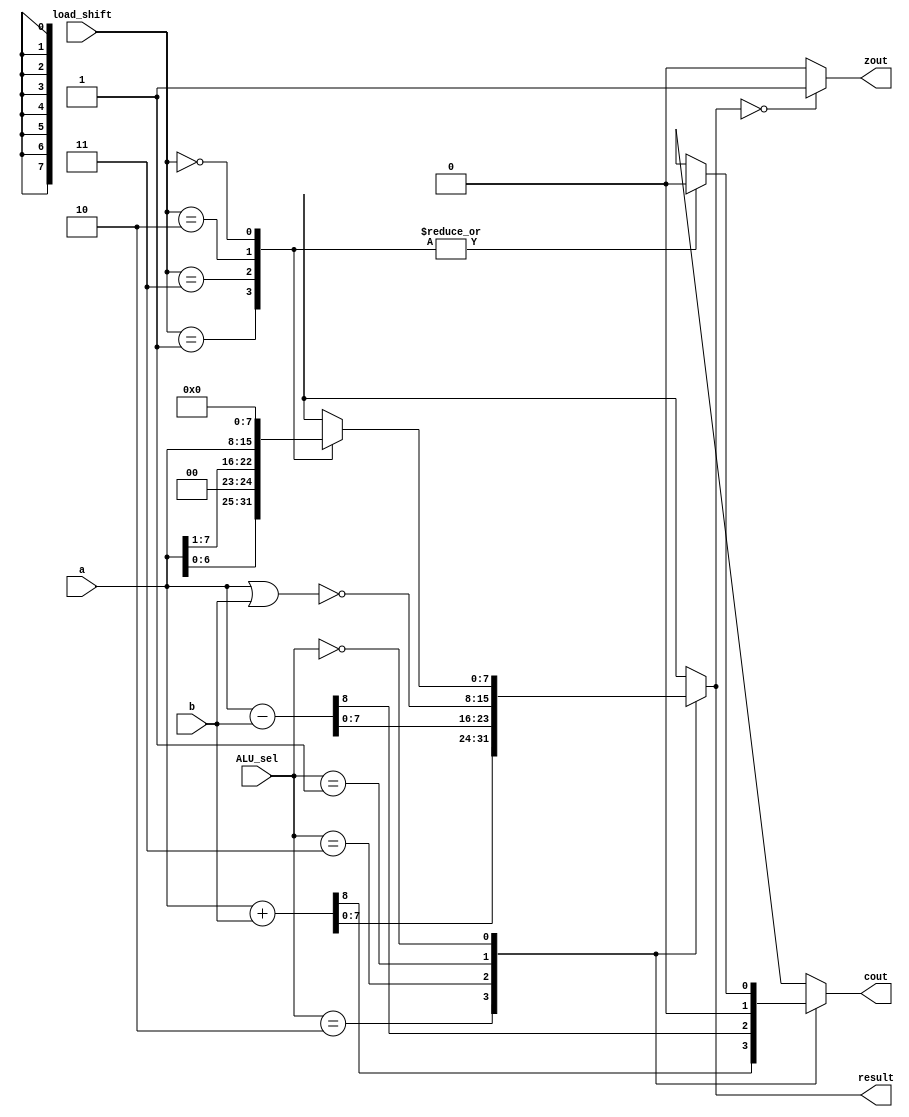
module ALU 
( a,
  b,
  ALU_sel,
  load_shift,
  result,
  cout,
  zout
);
 input [7:0] a;
 input [7:0] b;
 input [1:0] ALU_sel;
 input [1:0] load_shift;
 output [7:0] result;
 output cout;
 output zout;
//Decare any necessary registers or wires
wire [7:0] a;
wire [7:0] b;
wire [1:0] ALU_sel;
wire [1:0] load_shift;
wire [7:0] result;
reg cout;
reg zout;
reg [8:0]r;
assign result = r[7:0];//one cout bit at end rest go to result

assign cout = r[8]; 
assign zout = (result == 0)?1:0;
//setting parameters for ALU_sel and load_shift
parameter ADD = 2'b10,
	  SUB = 2'b11,
	  NOR = 2'b01,
	  NUL = 2'b00,
	  SHL = 2'b01,
	  SHR = 2'b11,
	  LD  = 2'b10,
	  RST = 2'b00;
	
	  

always @(a or b or ALU_sel or load_shift) begin

//Complete this part to specify ALU behavior 
	case(ALU_sel)//combinational should be blocking assign "=" shifting should be non blocking <=
		ADD: begin
			r = a + b;
			//cout <= r[8];
			

		end
		SUB: begin
			r = a - b;
			//cout <= r[8];
			
		end
		NOR: begin
			r[7:0] = ~(a | b);
			r[8] = 0;
			
		end
		NUL: begin
			case (load_shift)
				SHL: begin
					r[7:0] <= a << 1;
					r[8]<=0;
				end
				SHR: begin
					r <= a >> 1;
					
				end
				LD: begin
					r <= a;
					
				end
				RST: begin
					r <= 0;
					
				end
				
				endcase
			end
		default: begin
			r = 0;
			
		end
		endcase

end


endmodule